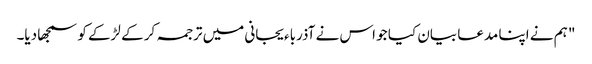
" ہم نے اپنا مدعا بیان کیا جو اس نے آذرباءیجانی میں ترجمہ کر کے لڑکے کو سمجھا دیا۔